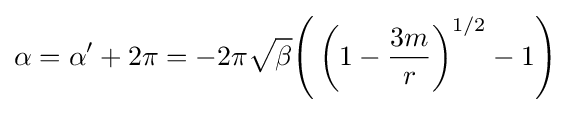
\alpha =\alpha '+2\pi =-2\pi {\sqrt {\beta }}{\Bigg (}\left(1-{\frac {3m}{r}}\right)^{1/2}-1{\Bigg )}